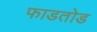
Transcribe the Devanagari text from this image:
फाडतोड